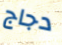
دجاج